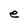
Character: e